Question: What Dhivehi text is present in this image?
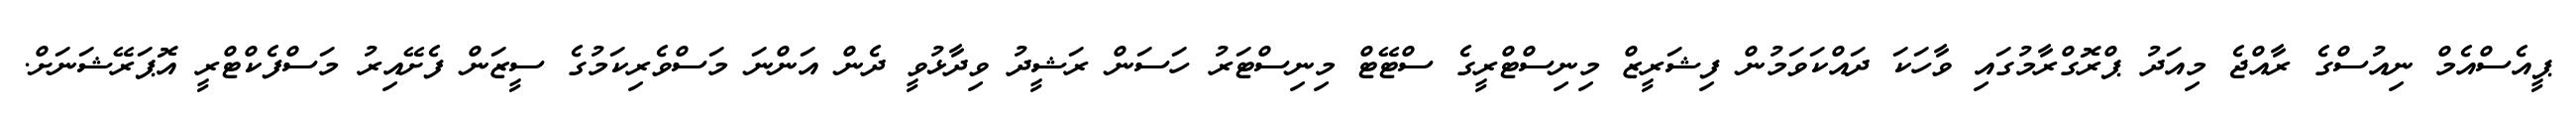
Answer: ޕީއެސްއެމް ނިއުސްގެ ރާއްޖެ މިއަދު ޕްރޮގްރާމުގައި ވާހަކަ ދައްކަވަމުން ފިޝަރީޒް މިނިސްޓްރީގެ ސްޓޭޓް މިނިސްޓަރު ހަސަން ރަޝީދު ވިދާޅުވީ ދެން އަންނަ މަސްވެރިކަމުގެ ސީޒަން ފެށޭއިރު މަސްފެކްޓްރީ އޮޕަރޭޝަނަށް.